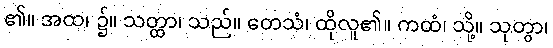
၏။ အထ၊ ၌။ သတ္ထာ၊ သည်။ တေသံ၊ ထိုလူ၏။ ကထံ၊ သို့။ သုတွာ၊